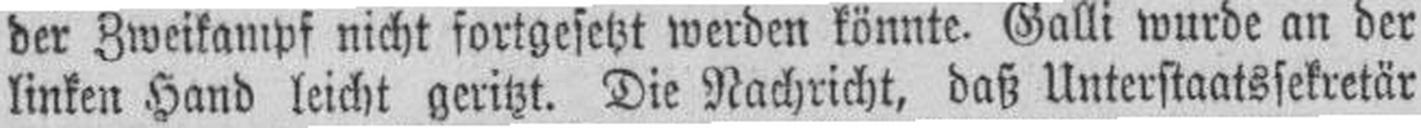
linken Hand leicht geritzt. Die Nachricht, daß Unterstaatssekretär